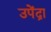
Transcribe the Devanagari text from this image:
उपेंद्रा